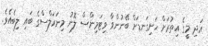
އަދި މީގެ އިތުރަށް ހަށިގަނޑަށް ބޭނުންވާ ވިޓަމިންސް ލޮނު މިނަރަލްސްގެ ބައި ލިބެއެވެ.